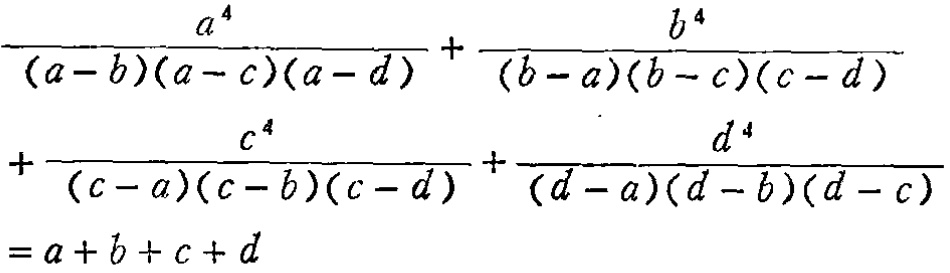
\frac{a^{4}}{(a - b)(a - c)(a - d)}+\frac{b^{4}}{(b - a)(b - c)(c - d)}+\frac{c^{4}}{(c - a)(c - b)(c - d)}+\frac{d^{4}}{(d - a)(d - b)(d - c)}=a + b + c + d